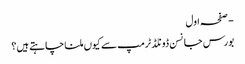
- صفحہ اول
بورس جانسن ڈونلڈ ٹرمپ سے کیوں ملنا چاہتے ہیں؟